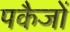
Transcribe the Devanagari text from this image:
पकैजों